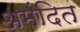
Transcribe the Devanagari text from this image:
अमंदित